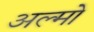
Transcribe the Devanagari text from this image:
अल्मो